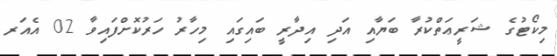
މިކޯޓުގެ ޝަރީޢަތްކުރާ ބަޔާއި އަދި އިދާރީ ބައިގައި މިހާރު ހަރުކޮށްފައިވާ 02 އެއަރ